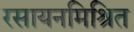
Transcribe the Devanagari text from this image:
रसायनमिश्रित